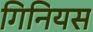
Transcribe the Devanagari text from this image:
गिनियस